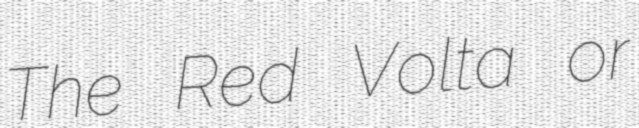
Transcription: The Red Volta or